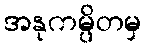
အနုကမ္ပိတမှ